King Institute of Preventive Medicine Bacteriolog. Section reports 1907-08
Year: 1907
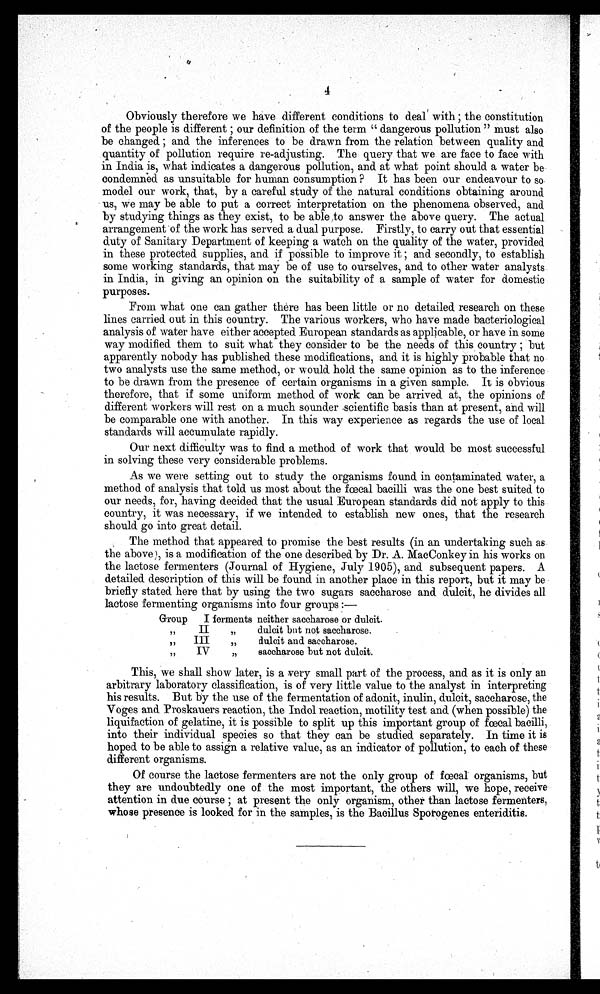
4
Obviously therefore we have different conditions to deal with ; the constitution
of the people is different ; our definition of the term " dangerous pollution " must also
be changed ; and the inferences to be drawn from the relation between quality and
quantity of pollution require re-adjusting. The query that we are face to face with
in India is, what indicates a dangerous pollution, and at what point should a water be
condemned as unsuitable for human consumption ? It has been our endeavour to so
model our work, that, by a careful study of the natural conditions obtaining around
us, we may be able to put a correct interpretation on the phenomena observed, and
by studying things as they exist, to be able to answer the above query. The actual
arrangement of the work has served a dual purpose. Firstly, to carry out that essential
duty of Sanitary Department of keeping a watch on the quality of the water, provided
in these protected supplies, and if possible to improve it ; and secondly, to establish
some working standards, that may be of use to ourselves, and to other water analysts
in India, in giving an opinion on the suitability of a sample of water for domestic
purposes.
From what one can gather there has been little or no detailed research on these
lines carried out in this country. The various workers, who have made bacteriological
analysis of water have either accepted European standards as applicable, or have in some
way modified them to suit what they consider to be the needs of this country ; but
apparently nobody has published these modifications, and it is highly probable that no
two analysts use the same method, or would hold the same opinion as to the inference
to be drawn from the presence of certain organisms in a given sample. It is obvious
therefore, that if some uniform method of work can be arrived at, the opinions of
different workers will rest on a much sounder scientific basis than at present, and will
be comparable one with another. In this way experience as regards the use of local
standards will accumulate rapidly.
Our next difficulty was to find a method of work that would be most successful
in solving these very considerable problems.
As we were setting out to study the organisms found in contaminated water, a
method of analysis that told us most about the f œ cal bacilli was the one best suited to
our needs, for, having decided that the usual European standards did not apply to this
country, it was necessary, if we intended to establish new ones, that the research
should go into great detail.
The method that appeared to promise the best results (in an undertaking such as
the above), is a modification of the one described by Dr. A. MacConkey in his works on
the lactose fermenters (Journal of Hygiene, July 1905), and subsequent papers. A
detailed description of this will be found in another place in this report, but it may be
briefly stated here that by using the two sugars saccharose and dulcit, he divides all
lactose fermenting organisms into four groups :—
Group
I ferments neither saccharose or dulcit.
G r o u p
II ferments
dulcit but not saccharose.
G r o u p
III ferme nts
dulcit and saccharose.
G r o u p
IV ferments
saccharose but not dulcit.
This, we shall show later, is a very small part of the process, and as it is only an
arbitrary laboratory classification, is of very little value to the analyst in interpreting
his results. But by the use of the fermentation of adonit, inulin, duleit, saccharose, the
Voges and Proskauers reaction, the Indol reaction, motility test and (when possible) the
liquifaction of gelatine, it is possible to split up this important group of fcecal bacilli,
into their individual species so that they can be studied separately. In time it is
hoped to be able to assign a relative value, as an indicator of pollution, to each of these
different organisms.
Of course the lactose fermenters are not the only group of fœcal organisms, but
they are undoubtedly one of the most important, the others will, we hope, receive
attention in due course at present the only organism, other than lactose fermenters,
whose presence is looked for in the samples, is the Bacillus Sporogenes enteriditis.